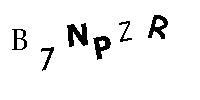
B7NPZR